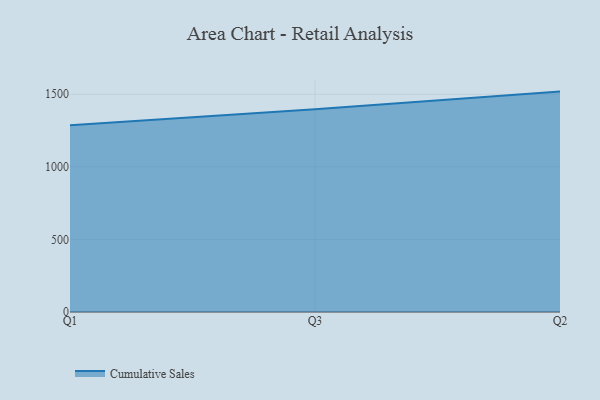
{"axis": {"x": "Quarter", "y": "Headcount"}, "legend": ["Cumulative Sales"], "data": [{"x": "Q1", "y": 1287.3, "type": "Cumulative Sales"}, {"x": "Q3", "y": 1396.4, "type": "Cumulative Sales"}, {"x": "Q2", "y": 1518.4, "type": "Cumulative Sales"}]}